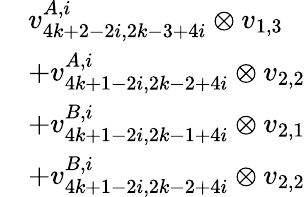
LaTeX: \begin{array}{rl}&{v_{4k+2-2i,2k-3+4i}^{A,i}\otimes v_{1,3}}\\ &{+v_{4k+1-2i,2k-2+4i}^{A,i}\otimes v_{2,2}}\\ &{+v_{4k+1-2i,2k-1+4i}^{B,i}\otimes v_{2,1}}\\ &{+v_{4k+1-2i,2k-2+4i}^{B,i}\otimes v_{2,2}}\end{array}